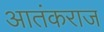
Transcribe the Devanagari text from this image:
आतंकराज